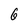
Character: 6